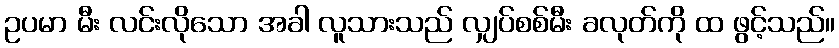
ဥပမာ မီး လင်းလိုသော အခါ လူသားသည် လျှပ်စစ်မီး ခလုတ်ကို ထ ဖွင့်သည်။